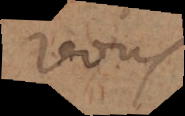
Vous